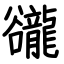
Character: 豅